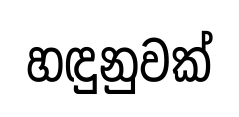
හඳුනුවක්